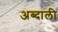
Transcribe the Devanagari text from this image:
अब्‍दाली